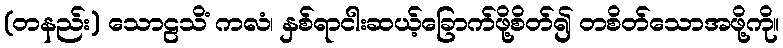
(တနည်း) သောဠသိံ ကလံ၊ နှစ်ရာငါးဆယ့်ခြောက်ဖို့စိတ်၍ တစိတ်သောအဖို့ကို။